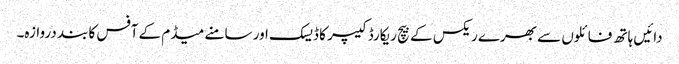
دائیں ہاتھ فائلوں سے بھرے ریکس کے بیچ ریکارڈ کیپر کا ڈیسک اور سامنے میڈم کے آفس کا بند دروازہ۔